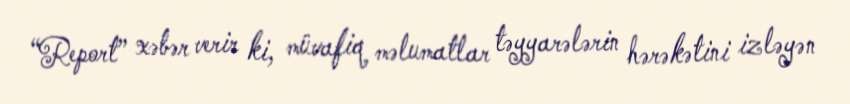
“Report” xəbər verir ki, müvafiq məlumatlar təyyarələrin hərəkətini izləyən